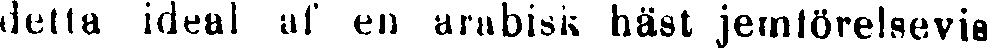
detta ideal af en arabisk häst jemförelsevis